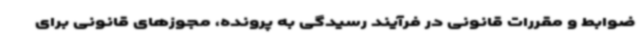
ضوابط و مقررات قانونی در فرآیند رسیدگی به پرونده، مجوزهای قانونی برای